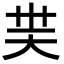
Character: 𡗿